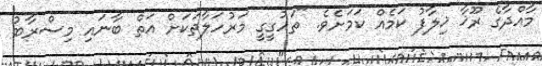
މާއްދާގެ ރޫޚާ ޚިލާފު ކަމެއް ކަމަށެވެ. "ތަހުގީގީ މަރުހަލާތަކަށް އަތް ބާނައި މިސްރާބު